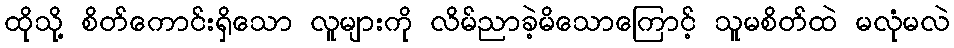
ထိုသို့ စိတ်ကောင်းရှိသော လူများကို လိမ်ညာခဲ့မိသောကြောင့် သူမစိတ်ထဲ မလုံမလဲ